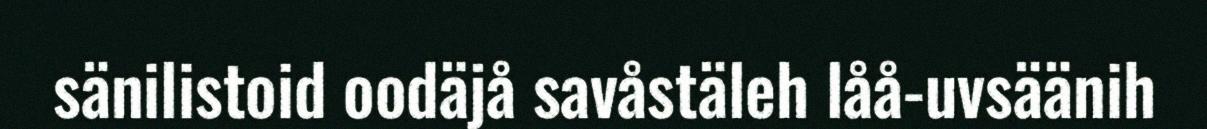
sänilistoid oodäjå savåstäleh låå-uvsäänih